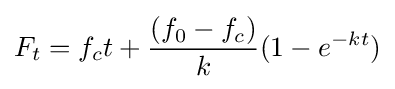
F_{t}=f_{c}t+{(f_{0}-f_{c}) \over k}(1-e^{-kt})